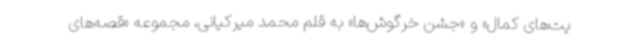
یت‌های کمال» و «جشن خرگوش‌ها» به قلم محمد میرکیانی، مجموعه‌ «قصه‌های